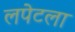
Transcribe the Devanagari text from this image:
लपेटला